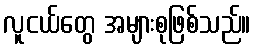
လူငယ်တွေ အများစုဖြစ်သည်။